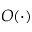
O ( \cdot )